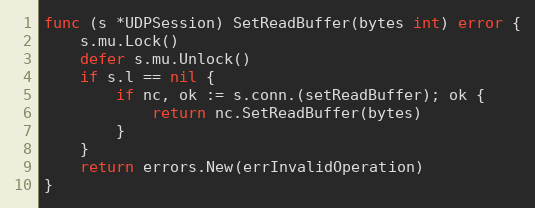
Language: Go
func (s *UDPSession) SetReadBuffer(bytes int) error {
	s.mu.Lock()
	defer s.mu.Unlock()
	if s.l == nil {
		if nc, ok := s.conn.(setReadBuffer); ok {
			return nc.SetReadBuffer(bytes)
		}
	}
	return errors.New(errInvalidOperation)
}